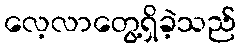
လေ့လာတွေ့ရှိခဲ့သည်